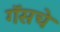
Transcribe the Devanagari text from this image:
गॅसचे